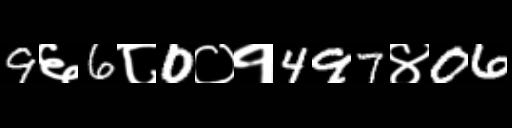
Text: 9६6८0०१497४06